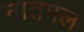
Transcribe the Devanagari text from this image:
नातमल